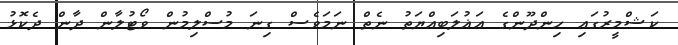
ކަޝްމީރުގައި ހިންދޫންގެ އަޣުލަބިއްޔަތު ނެތް ނަމަވެސް ގިނަ މުސްލިމުން ވޯޓުލާން ދާން ދެކޮޅު